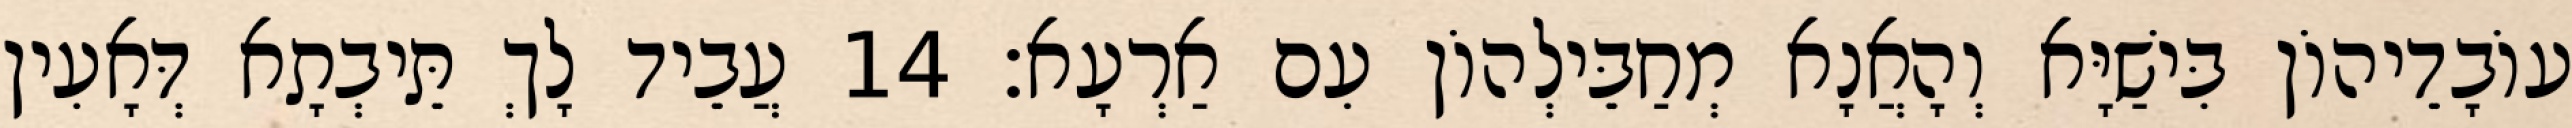
עוֹבָדֵיהוֹן בִּישַׁיָּא וְהָאֲנָא מְחַבֵּילְהוֹן עִם אַרְעָא׃ 14 עֲבֵיד לָךְ תֵּיבְתָא דְּאָעִין